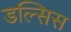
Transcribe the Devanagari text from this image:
डल्सिस